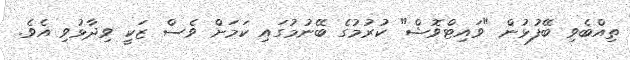
ތިއްބެވި ބޭފުޅުން "ވައިޓްވޮޝް" ކުރުމުގެ ބޭނުމުގައި ކަމަށް ވެސް ޒަކީ ވިދާޅުވި އެވެ.